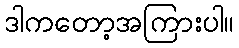
ဒါကတော့အကြားပါ။